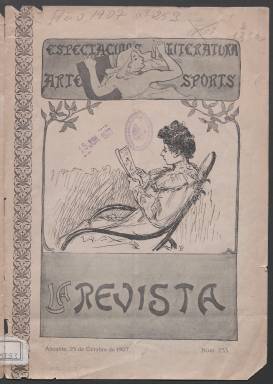
Título: La Revista (Alicante)
Ámbito geográfico: Alicante
Lugar de publicación: Alicante
Fechas: 25/10/1907-25/10/1907